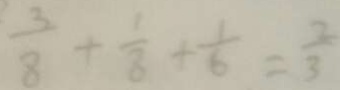
\frac { 3 } { 8 } + \frac { 1 } { 8 } + \frac { 1 } { 6 } = \frac { 2 } { 3 }